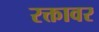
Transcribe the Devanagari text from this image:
रक्तावर